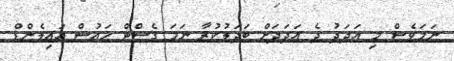
ނަމަވެސް މި އަދަދު ދެ އަދަދަށް ބަދަލުކުރާ ނަމަ ގެސްޓް ހައުސް އައިލެންޑް